Malaria in the Andamans - Number 56
Disease focus: Malaria
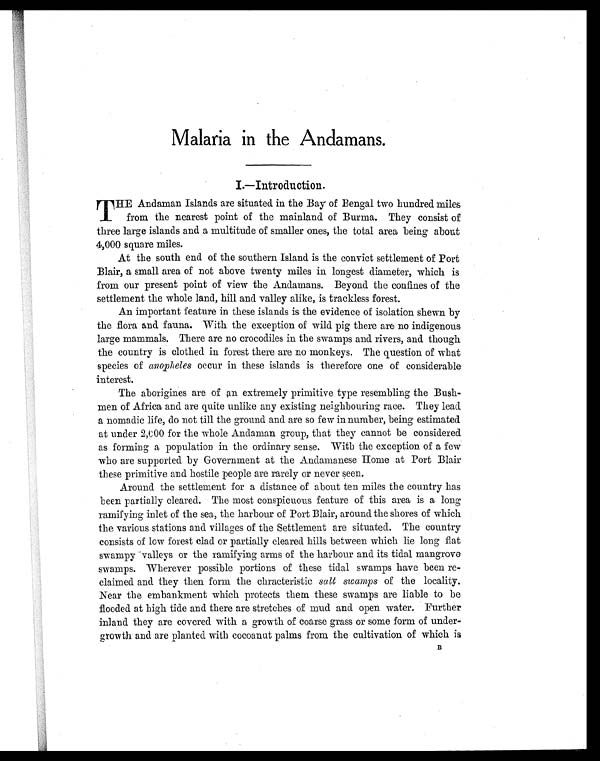
Malaria in the Andamans.
I.—Introduction.
T HE Andaman Islands are situated in the Bay of Bengal two hundred miles
from the nearest point of the mainland of Burma. They consist of
three large islands and a multitude of smaller ones, the total area being about
4,000 square miles.
At the south end of the southern Island is the convict settlement of Port
Blair, a small area of not above twenty miles in longest diameter, which is
from our present point of view the Andamans. Beyond the confines of the
settlement the whole land, hill and valley alike, is trackless forest.
An important feature in these islands is the evidence of isolation shewn by
the flora and fauna. With the exception of wild pig there are no indigenous
large mammals. There are no crocodiles in the swamps and rivers, and though
the country is clothed in forest there are no monkeys. The question of what
species of anopheles occur in these islands is therefore one of considerable
interest.
The aborigines are of an extremely primitive type resembling the Bush-
men of Africa and are quite unlike any existing neighbouring race. They lead
a nomadic life, do not till the ground and are so few in number, being estimated
at under 2,000 for the whole Andaman group, that they cannot be considered
as forming a population in the ordinary sense. With the exception of a few
who are supported by Government at the Andamanese Home at Port Blair
these primitive and hostile people are rarely or never seen.
Around the settlement for a distance of about ten miles the country has
been partially cleared. The most conspicuous feature of this area is a long
ramifying inlet of the sea, the harbour of Port Blair, around the shores of which
the various stations and villages of the Settlement are situated. The country
consists of low forest clad or partially cleared hills between which lie long flat
swampy valleys or the ramifying arms of the harbour and its tidal mangrove
swamps. Wherever possible portions of these tidal swamps have been re
-claimed and they then form the chracteristic salt swamps of the locality.
Near the embankment which protects them these swamps are liable to be
flooded at high tide and there are stretches of mud and open water. Further
inland they are covered with a growth of coarse grass or some form of under-
growth and are planted with cocoanut palms from the cultivation of which is B